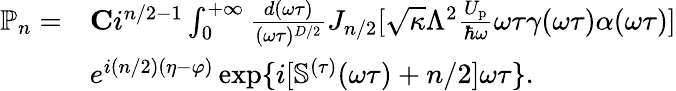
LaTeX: \begin{array}{rl}{\mathbb{P}_{n}=}&{{\mathbf C}i^{n/2-1}\int_{0}^{+\infty}\frac{d(\omega\tau)}{(\omega\tau)^{D/2}}J_{n/2}[\sqrt{\kappa}\Lambda^{2}\frac{U_{\mathrm{p}}}{\hbar\omega}\omega\tau\gamma(\omega\tau)\alpha(\omega\tau)]}\\ &{e^{i(n/2)(\eta-\varphi)}\exp\{ i[\mathbb{S}^{(\tau)}(\omega\tau)+n/2]\omega\tau\} .}\end{array}